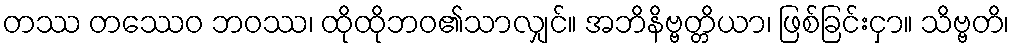
တဿ တဿေဝ ဘဝဿ၊ ထိုထိုဘဝ၏သာလျှင်။ အဘိနိဗ္ဗတ္တိယာ၊ ဖြစ်ခြင်းငှာ။ သိဗ္ဗတိ၊